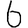
Digit: 6